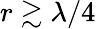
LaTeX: r\gtrsim\lambda/4